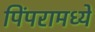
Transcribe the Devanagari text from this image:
पिंपरामध्ये